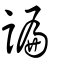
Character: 諞